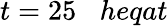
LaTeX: t=25\; \; \; heqat